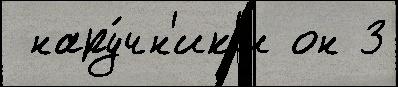
 нару́чн'ик'и он 3